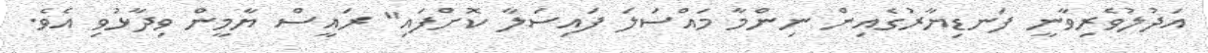
އަދުލުވެރިވާނީ ފަނޑިޔާރުގެއިން ނިންމާ މައްސަލަ ފައިސަލާ ކޮށްފައި" ރައީސް ޔާމީން ވިދާޅުވި އެވެ.